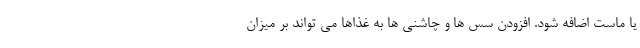
یا ماست اضافه شود. افزودن سس ها و چاشنی ها به غذاها می تواند بر میزان